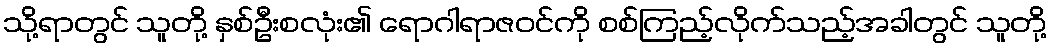
သို့ရာတွင် သူတို့ နှစ်ဦးစလုံး၏ ရောဂါရာဇဝင်ကို စစ်ကြည့်လိုက်သည့်အခါတွင် သူတို့